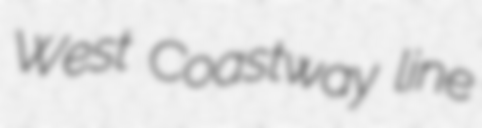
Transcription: West Coastway line